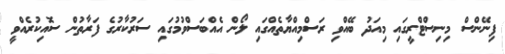
ފިނޭންސް މިނިސްޓްރީގައި މިއަދު ބޭއްވި ރަސްމިއްޔާތެއްގައި ލޯން އެއްބަސްވުމުގައި ސަރުކާރުގެ ފަރާތުން ސޮއިކުރެއްވީ